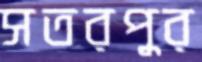
সতরপুর